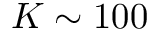
K \sim 1 0 0